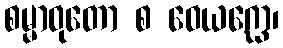
စမ္မာဝုတော စ ဝေယဂ္ဃော၊